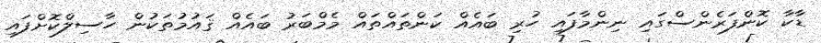
ޑާކާ ކޮންފަރެންސްގައި ނިންމާފައި ހުރި ބައެއް ކަންތައްތައް މެމްބަރު ބައެއް ޤައުމުތަކުން ހާސިލްކޮށްފައި